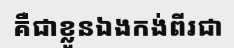
គឺជាខ្លួនឯងកង់ពីរជា